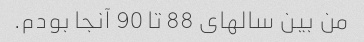
من بین سالهای 88 تا 90 آنجا بودم.